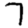
Digit: 7